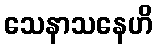
သေနာသနေဟိ